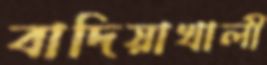
বাদিয়াখালী